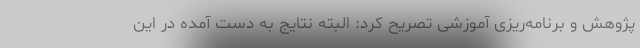
پژوهش و برنامه‌ریزی آموزشی تصریح کرد: البته نتایج به دست آمده در این